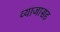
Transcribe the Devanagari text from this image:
व्याजासह